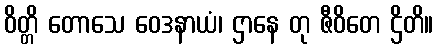
ဝိတ္တိ တောသေ ဝေဒနာယံ၊ ဌာနေ တု ဇီဝိတေ ဌိတိ။